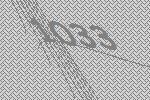
1033